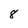
Character: 8